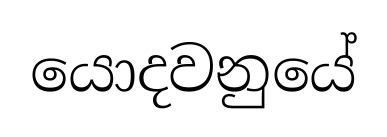
යොදවනුයේ